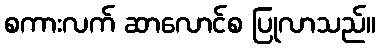
စကားလက် ဆာလောင်စ ပြုလာသည်။